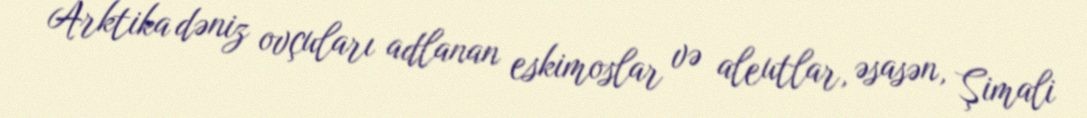
Arktika dəniz ovçuları adlanan eskimoslar və aleutlar, əsasən, Şimali